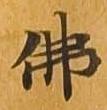
仏